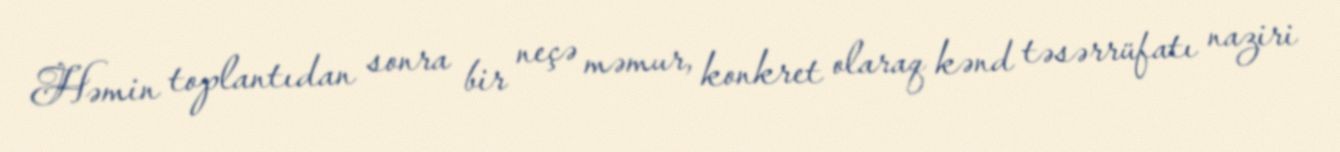
Həmin toplantıdan sonra bir neçə məmur, konkret olaraq kənd təsərrüfatı naziri